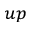
_ { u p }